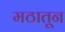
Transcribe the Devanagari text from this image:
मठातून